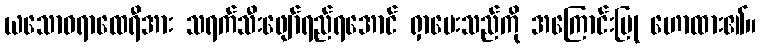
ယသောဓရာထေရီအား သရက်သီးဖျော်ရည်ရအောင် ရှာပေးသည်ကို အကြောင်းပြု ဟောထား၏။